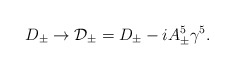
\begin{align*}D_\pm \rightarrow {\cal D}_\pm = D_\pm - i A^5_\pm \gamma^5.\end{align*}